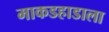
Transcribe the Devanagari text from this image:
माकडहाडाला